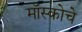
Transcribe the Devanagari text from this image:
मॉस्कोचे